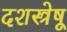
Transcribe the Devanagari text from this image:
दशस्त्रेषू